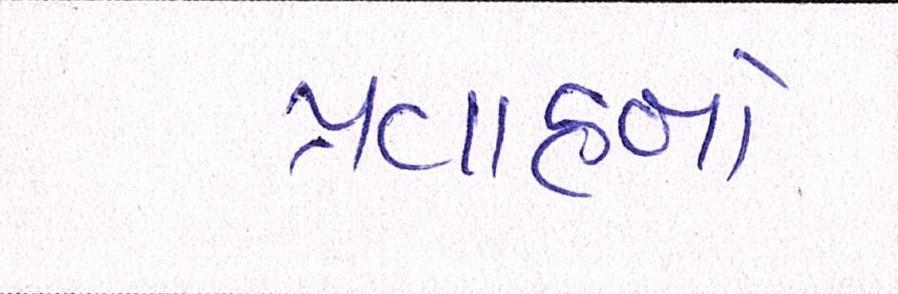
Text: પ્રવાહનો